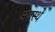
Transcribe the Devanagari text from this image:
अवस्थे